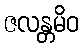
ဇလန္တမိဝ